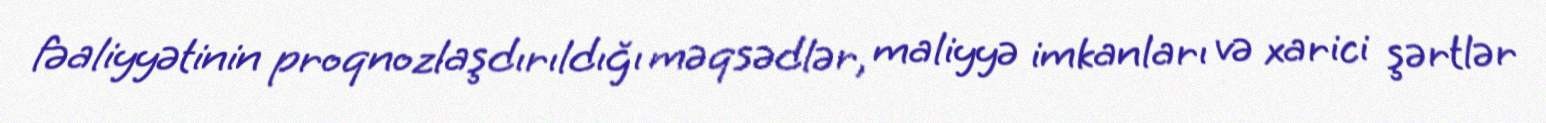
fəaliyyətinin proqnozlaşdırıldığı məqsədlər, maliyyə imkanları və xarici şərtlər